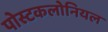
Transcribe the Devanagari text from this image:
पोस्टकलोनियल